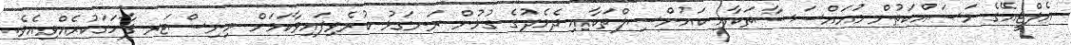
އެލްޖީއޭގެ މަސައްކަތުން މުއައްސަސާތަކާއި ކައުންސިލްތަކާއި ދެމެދުގެ ގުޅުން ރަނގަޅު ކުރެވިފައިވާކަމަށް މިނިސްޓަރ ފާހަގަކުރެއްވިއެވެ.